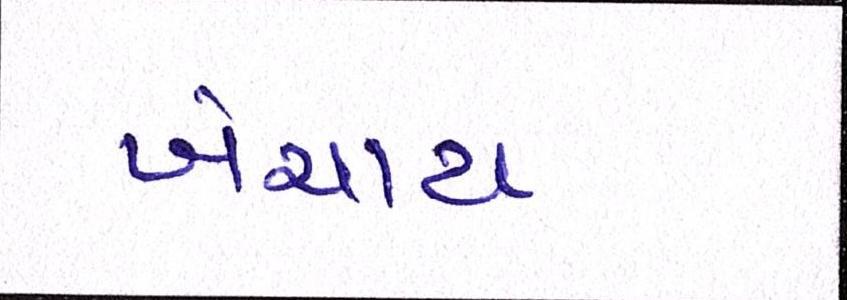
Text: ખેંચાય